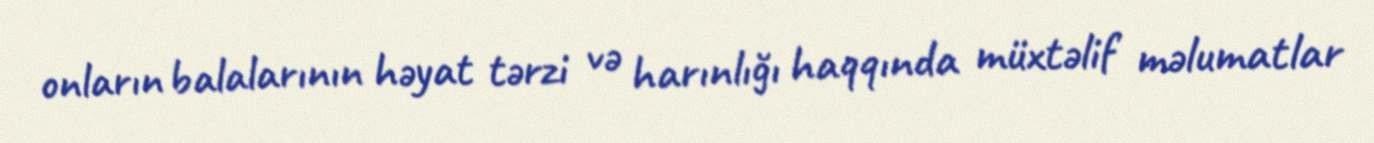
onların balalarının həyat tərzi və harınlığı haqqında müxtəlif məlumatlar